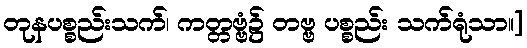
တုနပစ္စည်းသက်၊ ကတ္တဗ္ဗံ၌ တဗ္ဗ ပစ္စည်း သက်ရုံသာ။]